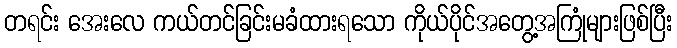
တရင်း အေးလေ ကယ်တင်ခြင်းမခံထားရသော ကိုယ်ပိုင်အတွေ့အကြုံများဖြစ်ပြီး